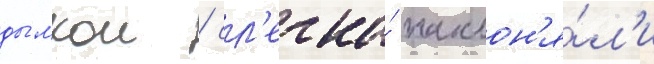
дымкои / сл'егка́ наклон'я́л'и